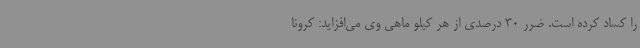
را کساد کرده است. ضرر 30 درصدی از هر کیلو ماهی وی می‌افزاید: کرونا